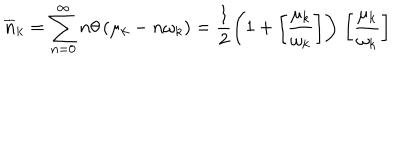
\overline { { { n } } } _ { k } = \sum _ { n = 0 } ^ { \infty } n \theta \left( \mu _ { k } - n \omega _ { k } \right) = \frac { 1 } { 2 } \left( 1 + \left[ \frac { \mu _ { k } } { \omega _ { k } } \right] \right) \, \left[ \frac { \mu _ { k } } { \omega _ { k } } \right] \,